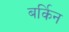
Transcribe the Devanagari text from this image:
बर्किन